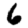
Digit: 6